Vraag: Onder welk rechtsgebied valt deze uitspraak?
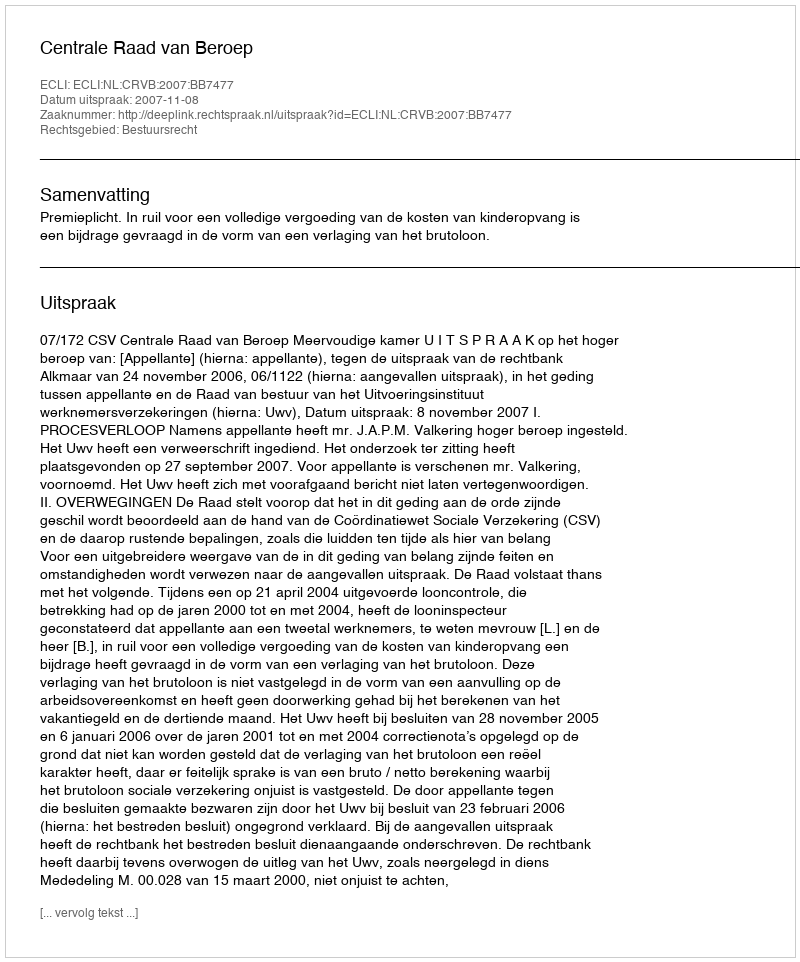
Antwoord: Bestuursrecht